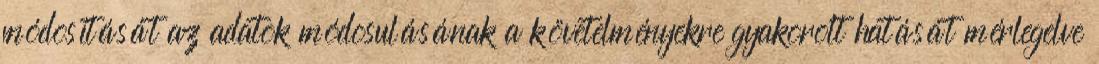
módosítását az adatok módosulásának a követelményekre gyakorolt hatását mérlegelve